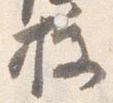
授